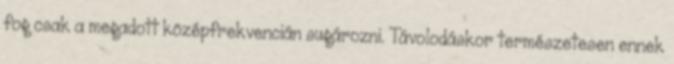
fog csak a megadott középfrekvencián sugározni. Távolodáskor természetesen ennek